Indian journal of veterinary science and animal husbandry - Volume 10,
Year: 1940
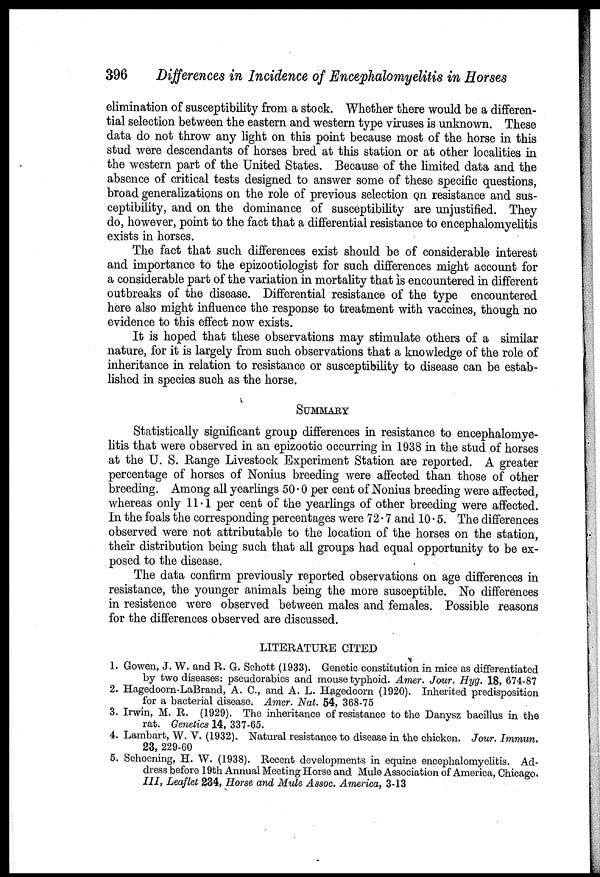
396
Differences in Incidence of Encephalomyelitis in Horses
elimination of susceptibility from a stock. Whether there would be a differen-
tial selection between the eastern and western type viruses is unknown. These
data do not throw any light on this point because most of the horse in this
stud were descendants of horses bred at this station or at other localities in
the western part of the United States. Because of the limited data and the
absence of critical tests designed to answer some of these specific questions,
broad generalizations on the role of previous selection on resistance and sus-
ceptibility, and on the dominance of susceptibility are unjustified. They
do, however, point to the fact that a differential resistance to encephalomyelitis
exists in horses.
The fact that such differences exist should be of considerable interest
and importance to the epizootiologist for such differences might account for
a considerable part of the variation in mortality that is encountered in different
outbreaks of the disease. Differential resistance of the type encountered
here also might influence the response to treatment with vaccines, though no
evidence to this effect now exists.
It is hoped that these observations may stimulate others of a similar
nature, for it is largely from such observations that a knowledge of the role of
inheritance in relation to resistance or susceptibility to disease can be estab-
lished in species such as the horse.
SUMMARY
Statistically significant group differences in resistance to encephalomye-
litis that were observed in an epizootic occurring in 1938 in the stud of horses
at the U. S. Range Livestock Experiment Station are reported. A greater
percentage of horses of Nonius breeding were affected than those of other
breeding. Among all yearlings 50.0 per cent of Nonius breeding were affected,
whereas only 11.1 per cent of the yearlings of other breeding were affected.
In the foals the corresponding percentages were 72.7 and 10.5. The differences
observed were not attributable to the location of the horses on the station,
their distribution being such that all groups had equal opportunity to be ex-
posed to the disease.
The data confirm previously reported observations on age differences in
resistance, the younger animals being the more susceptible. No differences
in resistence were observed between males and females. Possible reasons
for the differences observed are discussed.
LITERATURE CITED
1. Gowen, J. W. and R. G. Schott (1933). Genetic constitution in mice as differentiated
by two diseases: pseudorabies and mouse typhoid. Amer. Jour. Hyg. 18, 674-87
2. Hagedoorn-LaBrand, A. C., and A. L. Hagedoorn (1920). Inherited predisposition
for a bacterial disease. Amer. Nat. 54, 368-75
3. Irwin, M. R. (1929). The inheritance of resistance to the Danysz bacillus in the
rat. Genetics 14, 337-65.
4. Lambart, W. V. (1932). Natural resistance to disease in the chicken. Jour. Immun.
23, 229-60
5. Schoening, H. W. (1938). Recent developments in equine encephalomyelitis. Ad-
dress before 19th Annual Meeting Horse and Mule Association of America, Chicago.
III, Leaflet 234, Horse and Mule Assoc. America, 3-13